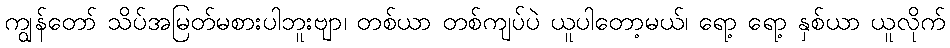
ကျွန်တော် သိပ်အမြတ်မစားပါဘူးဗျာ၊ တစ်ယာ တစ်ကျပ်ပဲ ယူပါတော့မယ်၊ ရော့ ရော့ နှစ်ယာ ယူလိုက်